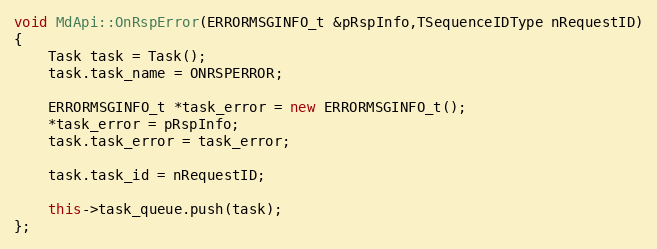
Language: C++
void MdApi::OnRspError(ERRORMSGINFO_t &pRspInfo,TSequenceIDType nRequestID)
{
	Task task = Task();
	task.task_name = ONRSPERROR;

	ERRORMSGINFO_t *task_error = new ERRORMSGINFO_t();
	*task_error = pRspInfo;
	task.task_error = task_error;

	task.task_id = nRequestID;

	this->task_queue.push(task);
};